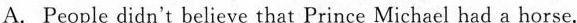
A. People didn't believe that Prince Michael had a horse.